King Institute of Preventive Medicine Bacteriolog. Section reports 1907-08
Year: 1907
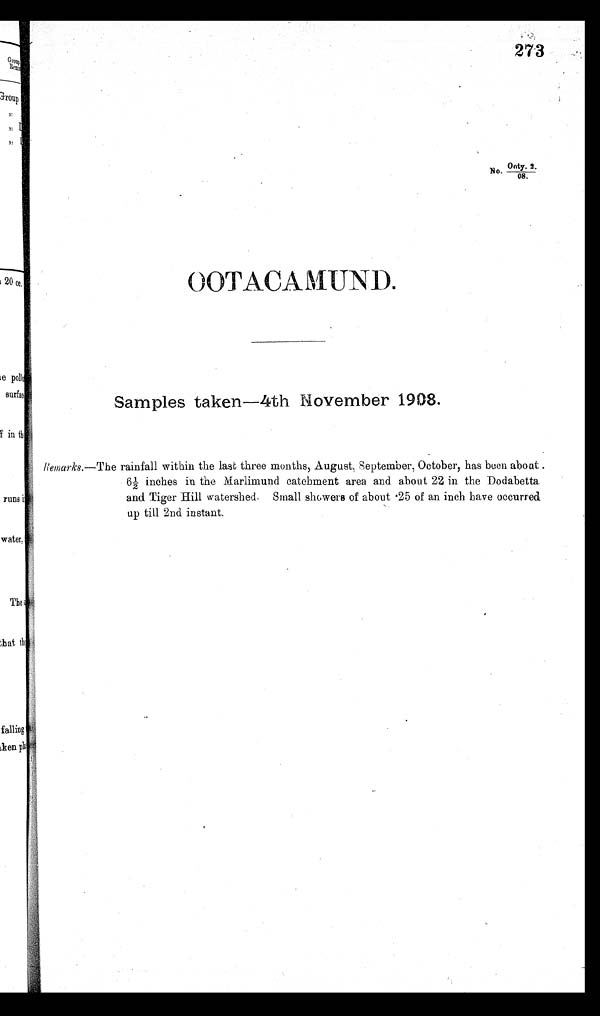
Onty. 2.
o.
08.
O O T A C A M U N D .
Samples taken-4th November 1908.
Remarks.—The rainfall within the last three months, August. September, October, has been about .
61 inches in the Marlimund catchment area and about 22 in the Dodabetta.
and Tiger Hill watershed. Small showers of about . 25 of an inch have occurred
up till 2nd instant.